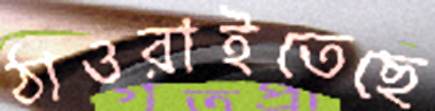
ঠাওরাইতেছে